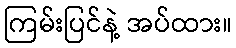
ကြမ်းပြင်နဲ့ အပ်ထား။